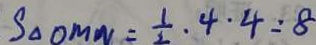
S _ { \Delta O M N } = \frac { 1 } { 2 } \cdot 4 \cdot 4 = 8